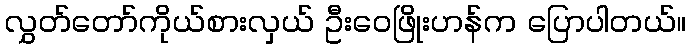
လွှတ်တော်ကိုယ်စားလှယ် ဦးဝေဖြိုးဟန်က ပြောပါတယ်။